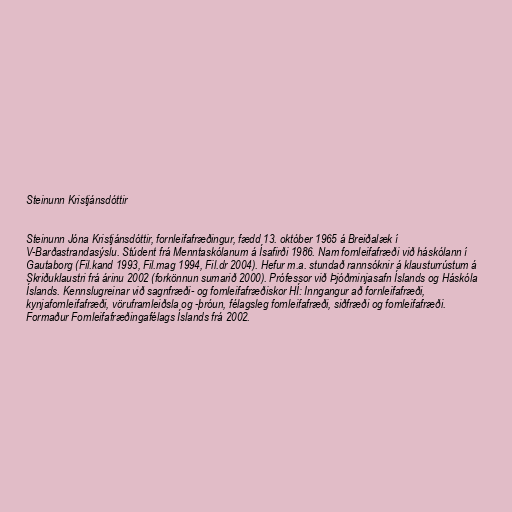
Steinunn Kristjánsdóttir

Steinunn Jóna Kristjánsdóttir, fornleifafræðingur, fædd 13. október 1965 á Breiðalæk í
V-Barðastrandasýslu. Stúdent frá Menntaskólanum á Ísafirði 1986. Nam fornleifafræði við háskólann í
Gautaborg (Fil.kand 1993, Fil.mag 1994, Fil.dr 2004). Hefur m.a. stundað rannsóknir á klausturrústum á
Skriðuklaustri frá árinu 2002 (forkönnun sumarið 2000). Prófessor við Þjóðminjasafn Íslands og Háskóla
Íslands. Kennslugreinar við sagnfræði- og fornleifafræðiskor HÍ: Inngangur að fornleifafræði,
kynjafornleifafræði, vöruframleiðsla og -þróun, félagsleg fornleifafræði, siðfræði og fornleifafræði.
Formaður Fornleifafræðingafélags Íslands frá 2002.